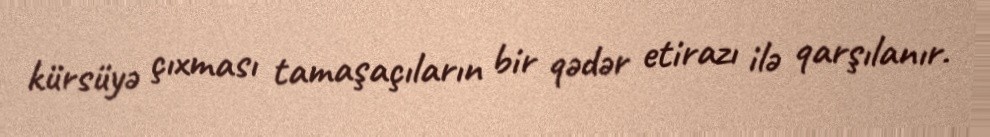
kürsüyə çıxması tamaşaçıların bir qədər etirazı ilə qarşılanır.